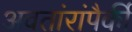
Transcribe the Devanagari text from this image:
अवतांरांपैकीं